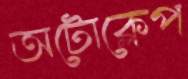
অটোক্লেপ